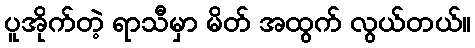
ပူအိုက်တဲ့ ရာသီမှာ မိတ် အထွက် လွယ်တယ်။